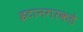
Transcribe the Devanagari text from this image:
इटानगरकडे